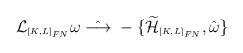
LaTeX: \begin{align*}{\cal L}_{\scriptscriptstyle [K,L]_{FN}}\omega \; \hat{\longrightarrow} \;-\{\widetilde{\cal H}_{\scriptscriptstyle [K,L]_{FN}},\hat{\omega}\}\end{align*}